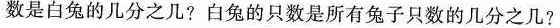
数是白兔的几分之几?白兔的只数是所有兔子只数的几分之几?